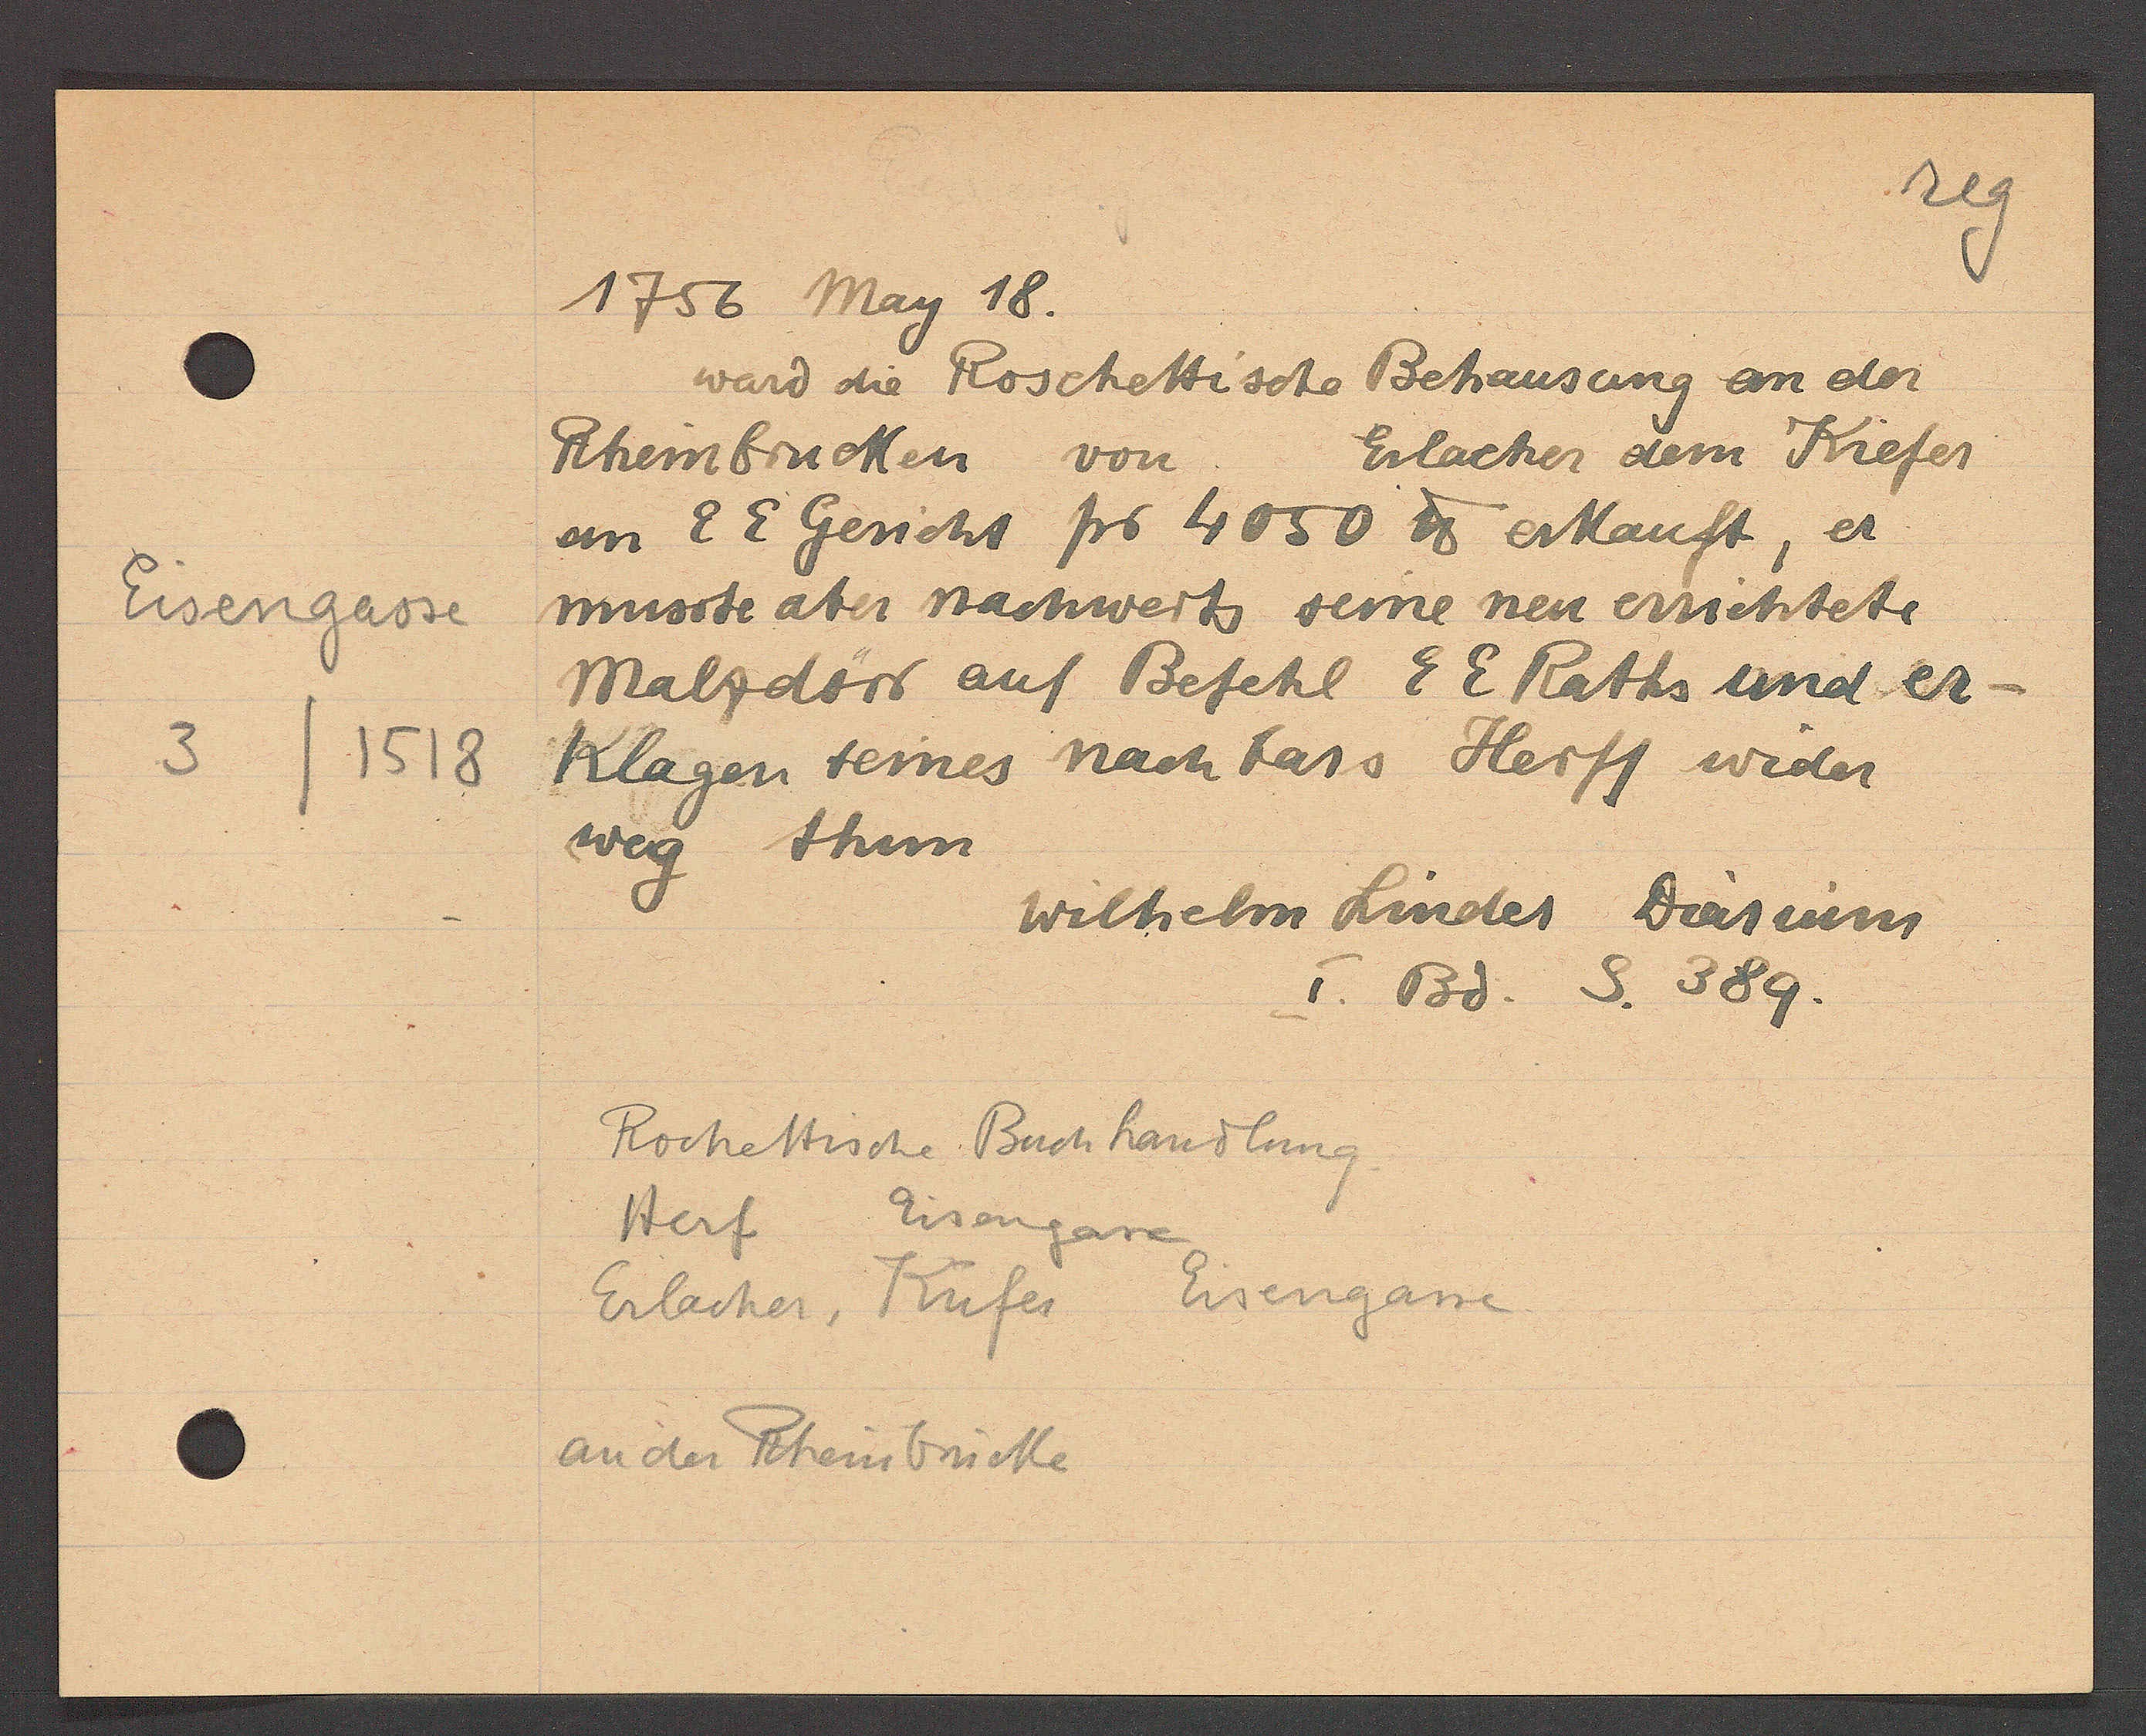
Transcript:
1756 May 18.
ward die Roschettische Behausung an der
Rheinbrucken von Erlacher dem Kiefer
an E E Gericht pro 4050 ℔ erkauft, er
musste aber nachwerts seine neu errichtete
Malzdörr auf Befehl E E Rahts und er-
klagen seines nachbars Herff wider
weg thun
Wilhelm Linder Diarium
I. Bd. S. 389.
Roschettische Buchhandlung
Herf Eisengasse
Erlacher, Küfer Eisengasse
an der Rheinbrücke

Eisengasse
3 / 1518